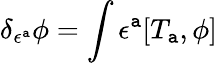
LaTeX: \delta_{\epsilon^{\mathtt{a}}}\phi=\int\epsilon^{\mathtt{a}}[T_{\mathtt{a}},\phi]